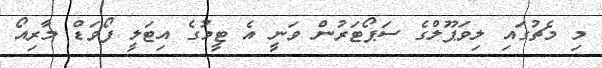
މި މެޗުގައި ލިވަޕޫލްގެ ސަޕޯޓަރުން ވަނީ އެ ޓީމުގެ އިޓަލީ ފޯވަޑް މާރިއޯ